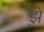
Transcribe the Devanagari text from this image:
झ़े